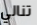
تنالي